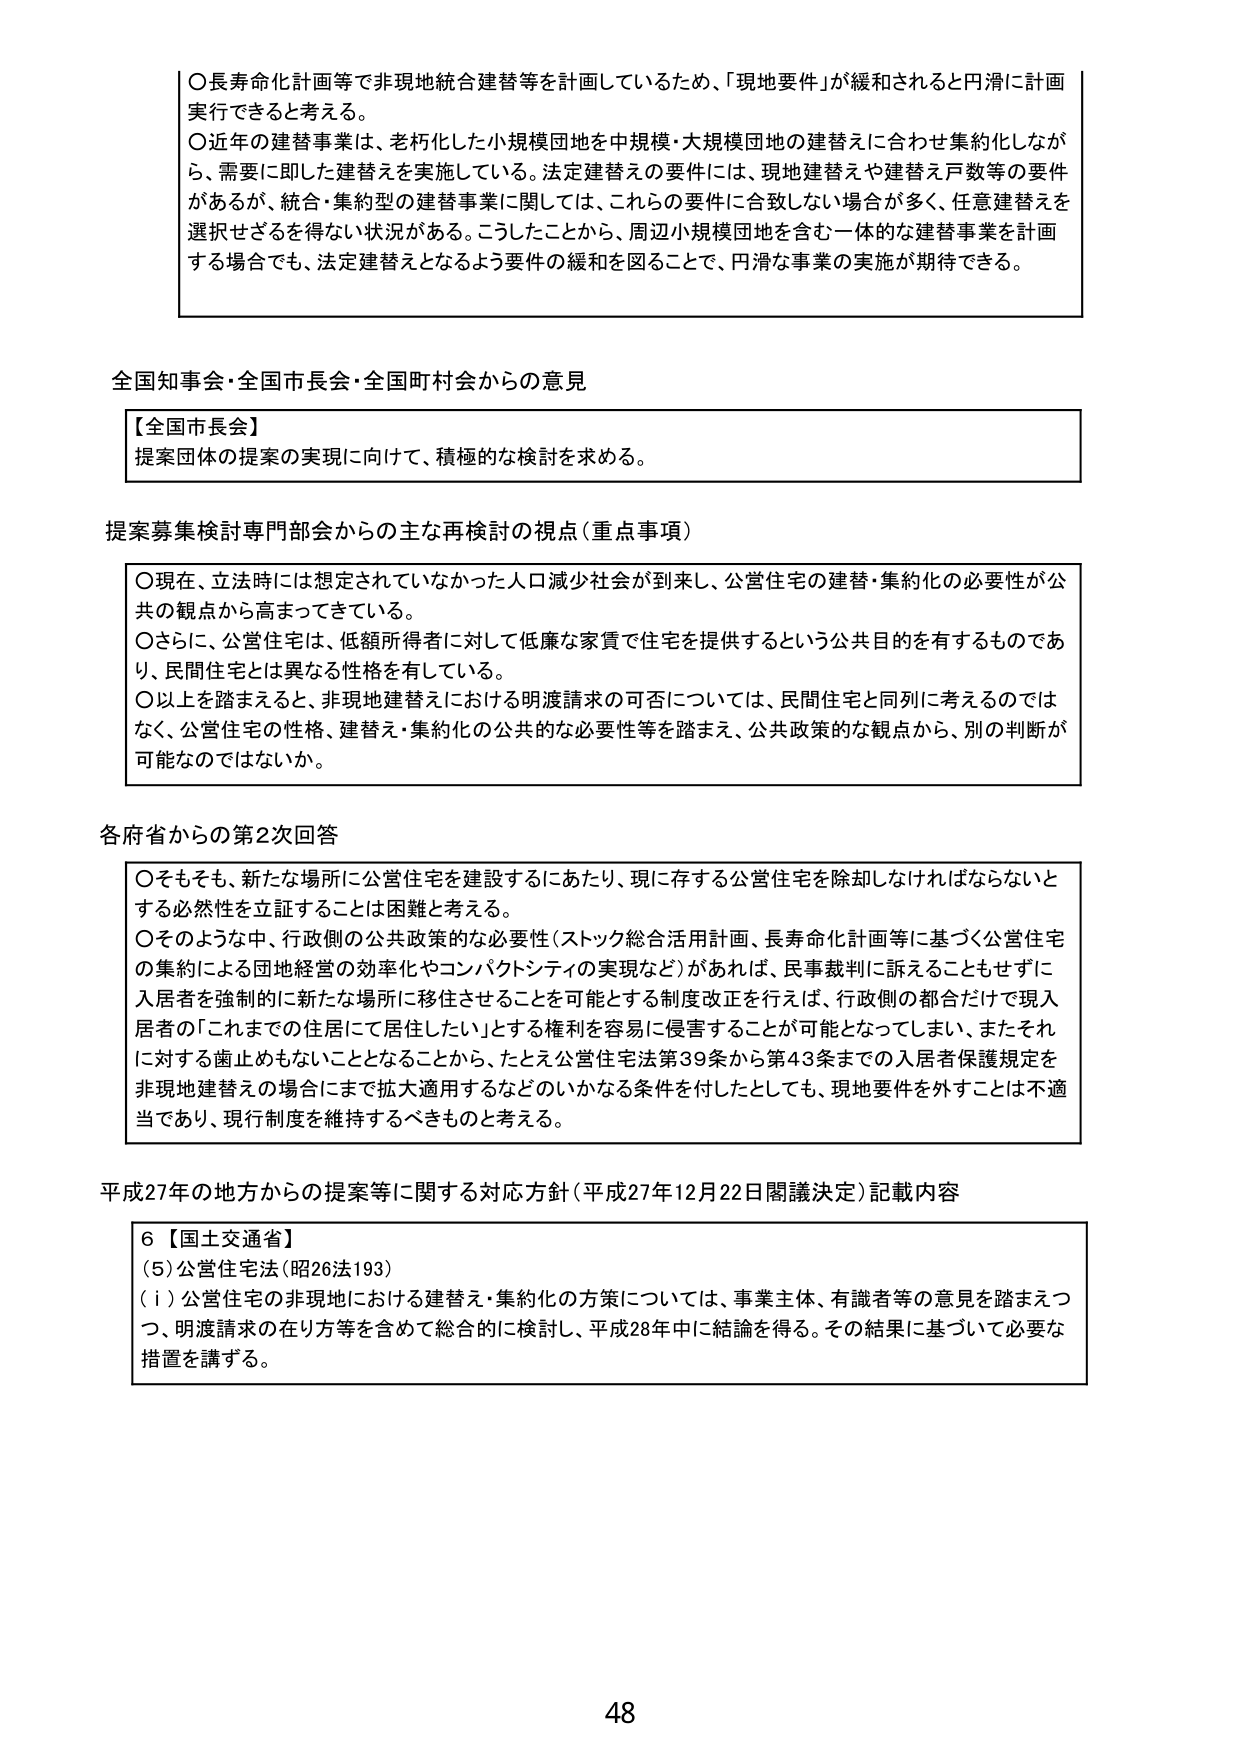
〇長寿命化計画等で非現地統合建替等を計画しているため、「現地要件」が緩和されると円滑に計画実行できると考える。
〇近年の建替事業は、老朽化した小規模団地を中規模・大規模団地の建替えに合わせ集約化しながら、需要に即した建替えを実施している。法定建替えの要件には、現地建替えや建替え戸数等の要件があるが、統合・集約型の建替事業に関しては、これらの要件に合致しない場合が多く、任意建替えを選択せざるを得ない状況がある。こうしたことから、周辺小規模団地を含む一体的な建替事業を計画する場合でも、法定建替えとなるよう要件の緩和を図ることで、円滑な事業の実施が期待できる。

全国知事会・全国市長会・全国町村会からの意見
【全国市長会】
提案団体の提案の実現に向けて、積極的な検討を求める。

提案募集検討専門部会からの主な再検討の視点（重点事項）
〇現在、立法時には想定されていなかった人口減少社会が到来し、公営住宅の建替・集約化の必要性が公共の観点から高まってきている。
〇さらに、公営住宅は、低額所得者に対して低廉な家賃で住宅を提供するという公共目的を有するものであり、民間住宅とは異なる性格を有している。
〇以上を踏まえると、非現地建替えにおける明渡請求の可否については、民間住宅と同列に考えるのではなく、公営住宅の性格、建替え・集約化の公共的な必要性等を踏まえ、公共政策的な観点から、別の判断が可能なのではないか。

各府省からの第2次回答
〇そもそも、新たな場所に公営住宅を建設するにあたり、現に存する公営住宅を除却しなければならないとする必然性を立証することは困難と考える。
〇そのような中、行政側の公共政策的な必要性（ストック総合活用計画、長寿命化計画等に基づく公営住宅の集約による団地経営の効率化やコンパクトシティの実現など）があれば、民事裁判に訴えることもせずに入居者を強制的に新たな場所に移住させることを可能とする制度改正を行えば、行政側の都合だけで現入居者の「これまでの住居にて居住したい」とする権利を容易に侵害することが可能となってしまい、またそれに対する歯止めもないこととなることから、たとえ公営住宅法第39条から第43条までの入居者保護規定を非現地建替えの場合にまで拡大適用するなどのいかなる条件を付したとしても、現地要件を外すことは不適当であり、現行制度を維持するべきものと考える。

平成27年の地方からの提案等に関する対応方針（平成27年12月22日閣議決定）記載内容
6【国土交通省】
（5）公営住宅法（昭26法193）
（ⅰ）公営住宅の非現地における建替え・集約化の方策については、事業主体、有識者等の意見を踏まえつつ、明渡請求の在り方等を含めて総合的に検討し、平成28年中に結論を得る。その結果に基づいて必要な措置を講ずる。

48